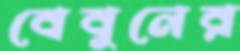
বেবুনের